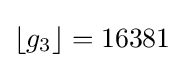
\left\lfloor g_{3}\right\rfloor =16381